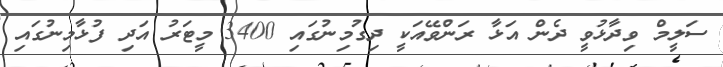
ސަލީމް ވިދާޅުވީ ދެން އަޅާ ރަންވޭއަކީ ދިގުމިނުގައި 3400 މީޓަރު އަދި ފުޅާމިނުގައި